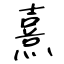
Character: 熹